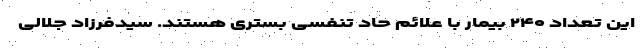
این تعداد ۲۴۰ بیمار با علائم حاد تنفسی بستری هستند. سیدفرزاد جلالی